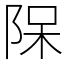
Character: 𨹦